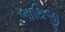
ભાથિજી